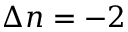
\Delta n = - 2